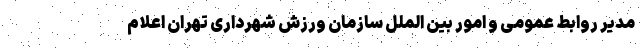
مدیر روابط عمومی و امور بین الملل سازمان ورزش شهرداری تهران اعلام